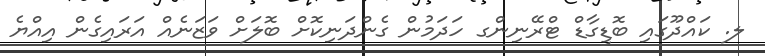
ލ. ކައްދޫގައި ބޮޑީގާޑް ޓްރޭނިންގ ހަދަމުން ގެންދަނިކޮށް ބޮލަށް ވަޒަނެއް އަރައިގެން އިއްޔެ